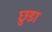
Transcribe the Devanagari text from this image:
छ़ुडा